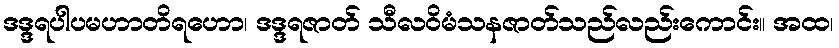
ဒဒ္ဒရပါပမဟာတိရဟော၊ ဒဒ္ဒရဇာတ် သီလဝိမံသနဇာတ်သည်လည်းကောင်း။ အထ၊